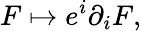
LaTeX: F\mapsto e^{i}\partial_{i}F,